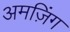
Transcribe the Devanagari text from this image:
अमज़िंग